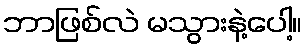
ဘာဖြစ်လဲ မသွားနဲ့ပေါ့။